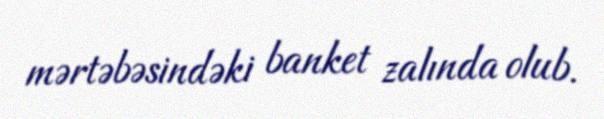
mərtəbəsindəki banket zalında olub.